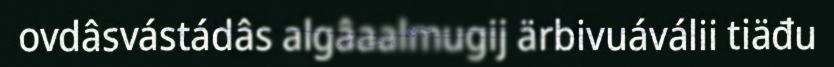
ovdâsvástádâs algâaalmugij ärbivuáválii tiäđu